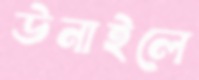
উনাইলে